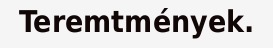
Teremtmények.